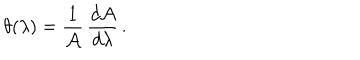
\theta ( \lambda ) = { \frac { 1 } { \cal A } } \, { \frac { d { \cal A } } { d \lambda } } \, .